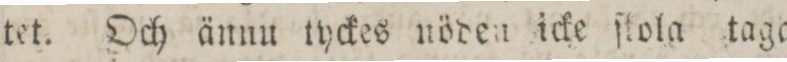
tet. Och ännu tyckes nöden icke ſtola taga